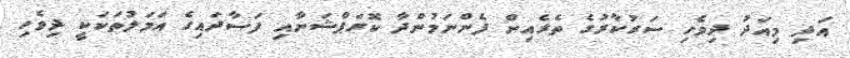
އަދި މިއަދު ދިވެހި ސަރުކާރުގެ ތެރެއިން ފެންނަމުންދާ ކޮރަޕްޝަނާއި ފަސާދައިގެ އަމަލުތަކަކީ ދިވެހި